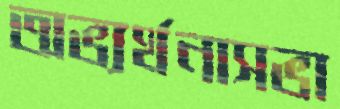
অভ্যর্থনাসভা